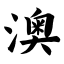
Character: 澳